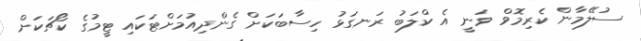
ސުލޭމާން ކެރިމޮވް ވަނީ އެ ކްލަބު ރަނގަޅު ހިސާބަކަށް ގެންދިއުމަށްޓަކައި ޓީމުގެ ކޯޗަކަށް